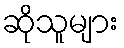
ဆိုသူများ